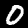
Digit: 0